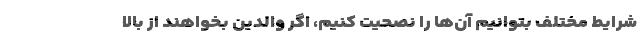
شرایط مختلف بتوانیم آن‌ها را نصحیت کنیم، اگر والدین بخواهند از بالا